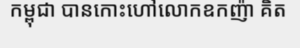
កម្ពុជា បានកោះហៅលោកឧកញ៉ា គិត